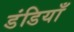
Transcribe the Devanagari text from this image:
डंडियाँ